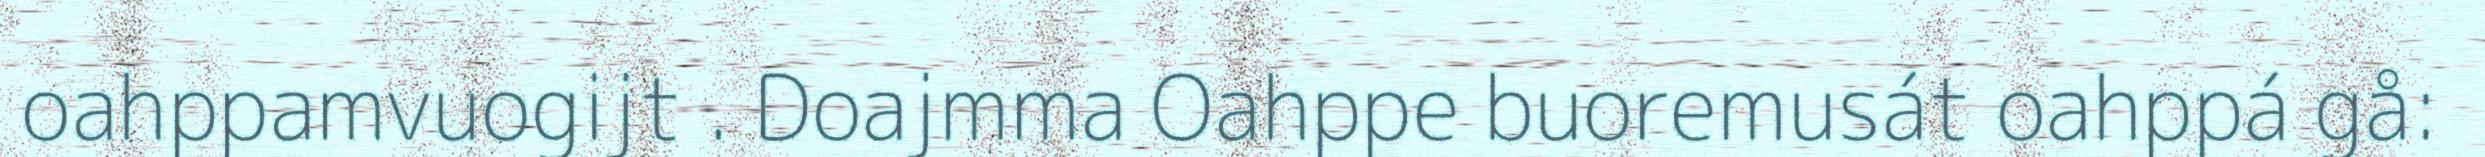
oahppamvuogijt . Doajmma Oahppe buoremusát oahppá gå: